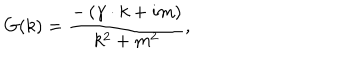
G ( k ) = \frac { - \left( \gamma \cdot k + i m \right) } { k ^ { 2 } + m ^ { 2 } } ,